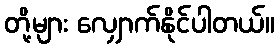
တို့များ လျှောက်နိုင်ပါတယ်။